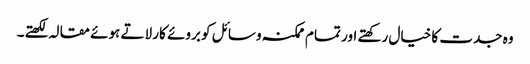
وہ جدت کا خیال رکھتے اور تمام ممکنہ وسائل کو بروئے کار لاتے ہوئے مقالہ لکھتے۔